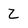
Character: Z